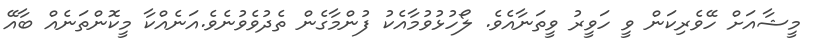
މީޝާއަށް ހޭވެރިކަން ވީ ހަވީރު ވީތަނާއެވެ. ލޯހުޅުވުމާއެކު ފުންމާގެން ތެދުވެވުނެވެ.އަނެއްކާ މީކޮންތަނެއް ބާއޭ